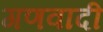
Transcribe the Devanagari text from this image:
गणवादी